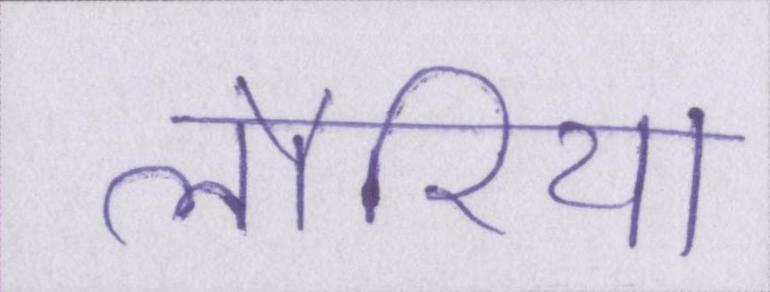
लौरिया